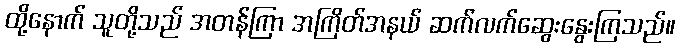
ထို့နောက် သူတို့သည် အတန်ကြာ အကြိတ်အနယ် ဆက်လက်ဆွေးနွေးကြသည်။